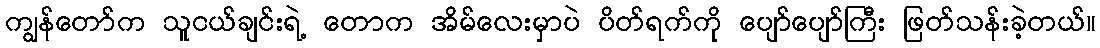
ကျွန်တော်က သူငယ်ချင်းရဲ့ တောက အိမ်လေးမှာပဲ ပိတ်ရက်ကို ပျော်ပျော်ကြီး ဖြတ်သန်းခဲ့တယ်။